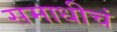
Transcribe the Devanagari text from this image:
समाधीचं